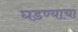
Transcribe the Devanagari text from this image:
घडण्याचा